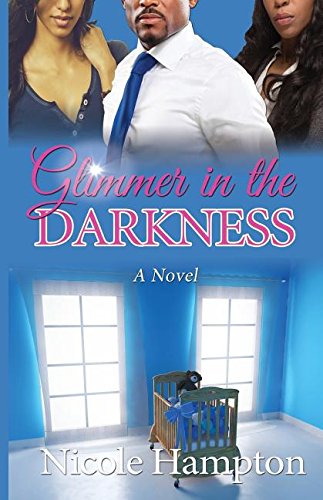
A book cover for Glimmer in the Darkness (Forgiveness); Nicole Hampton; Literature & Fiction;